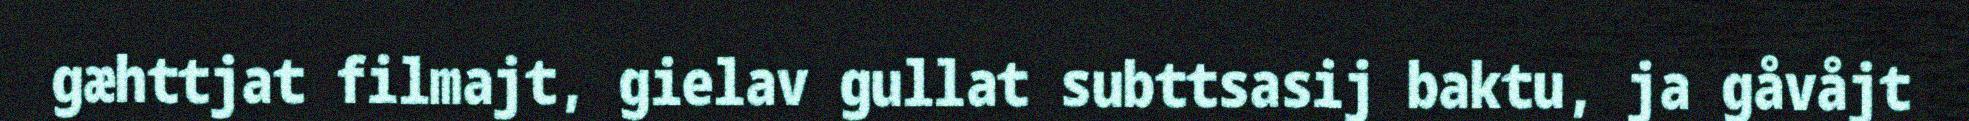
gæhttjat filmajt, gielav gullat subttsasij baktu, ja gåvåjt